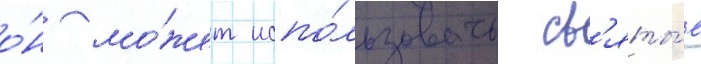
о́н мо́жет испо́льзовать св'яты́е